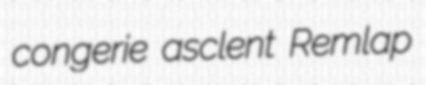
congerie asclent Remlap